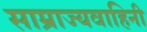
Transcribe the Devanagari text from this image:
साम्राज्यवाहिनी